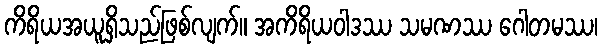
ကိရိယအယူရှိသည်ဖြစ်လျက်။ အကိရိယဝါဒဿ သမဏဿ ဂေါတမဿ၊